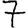
Digit: 7